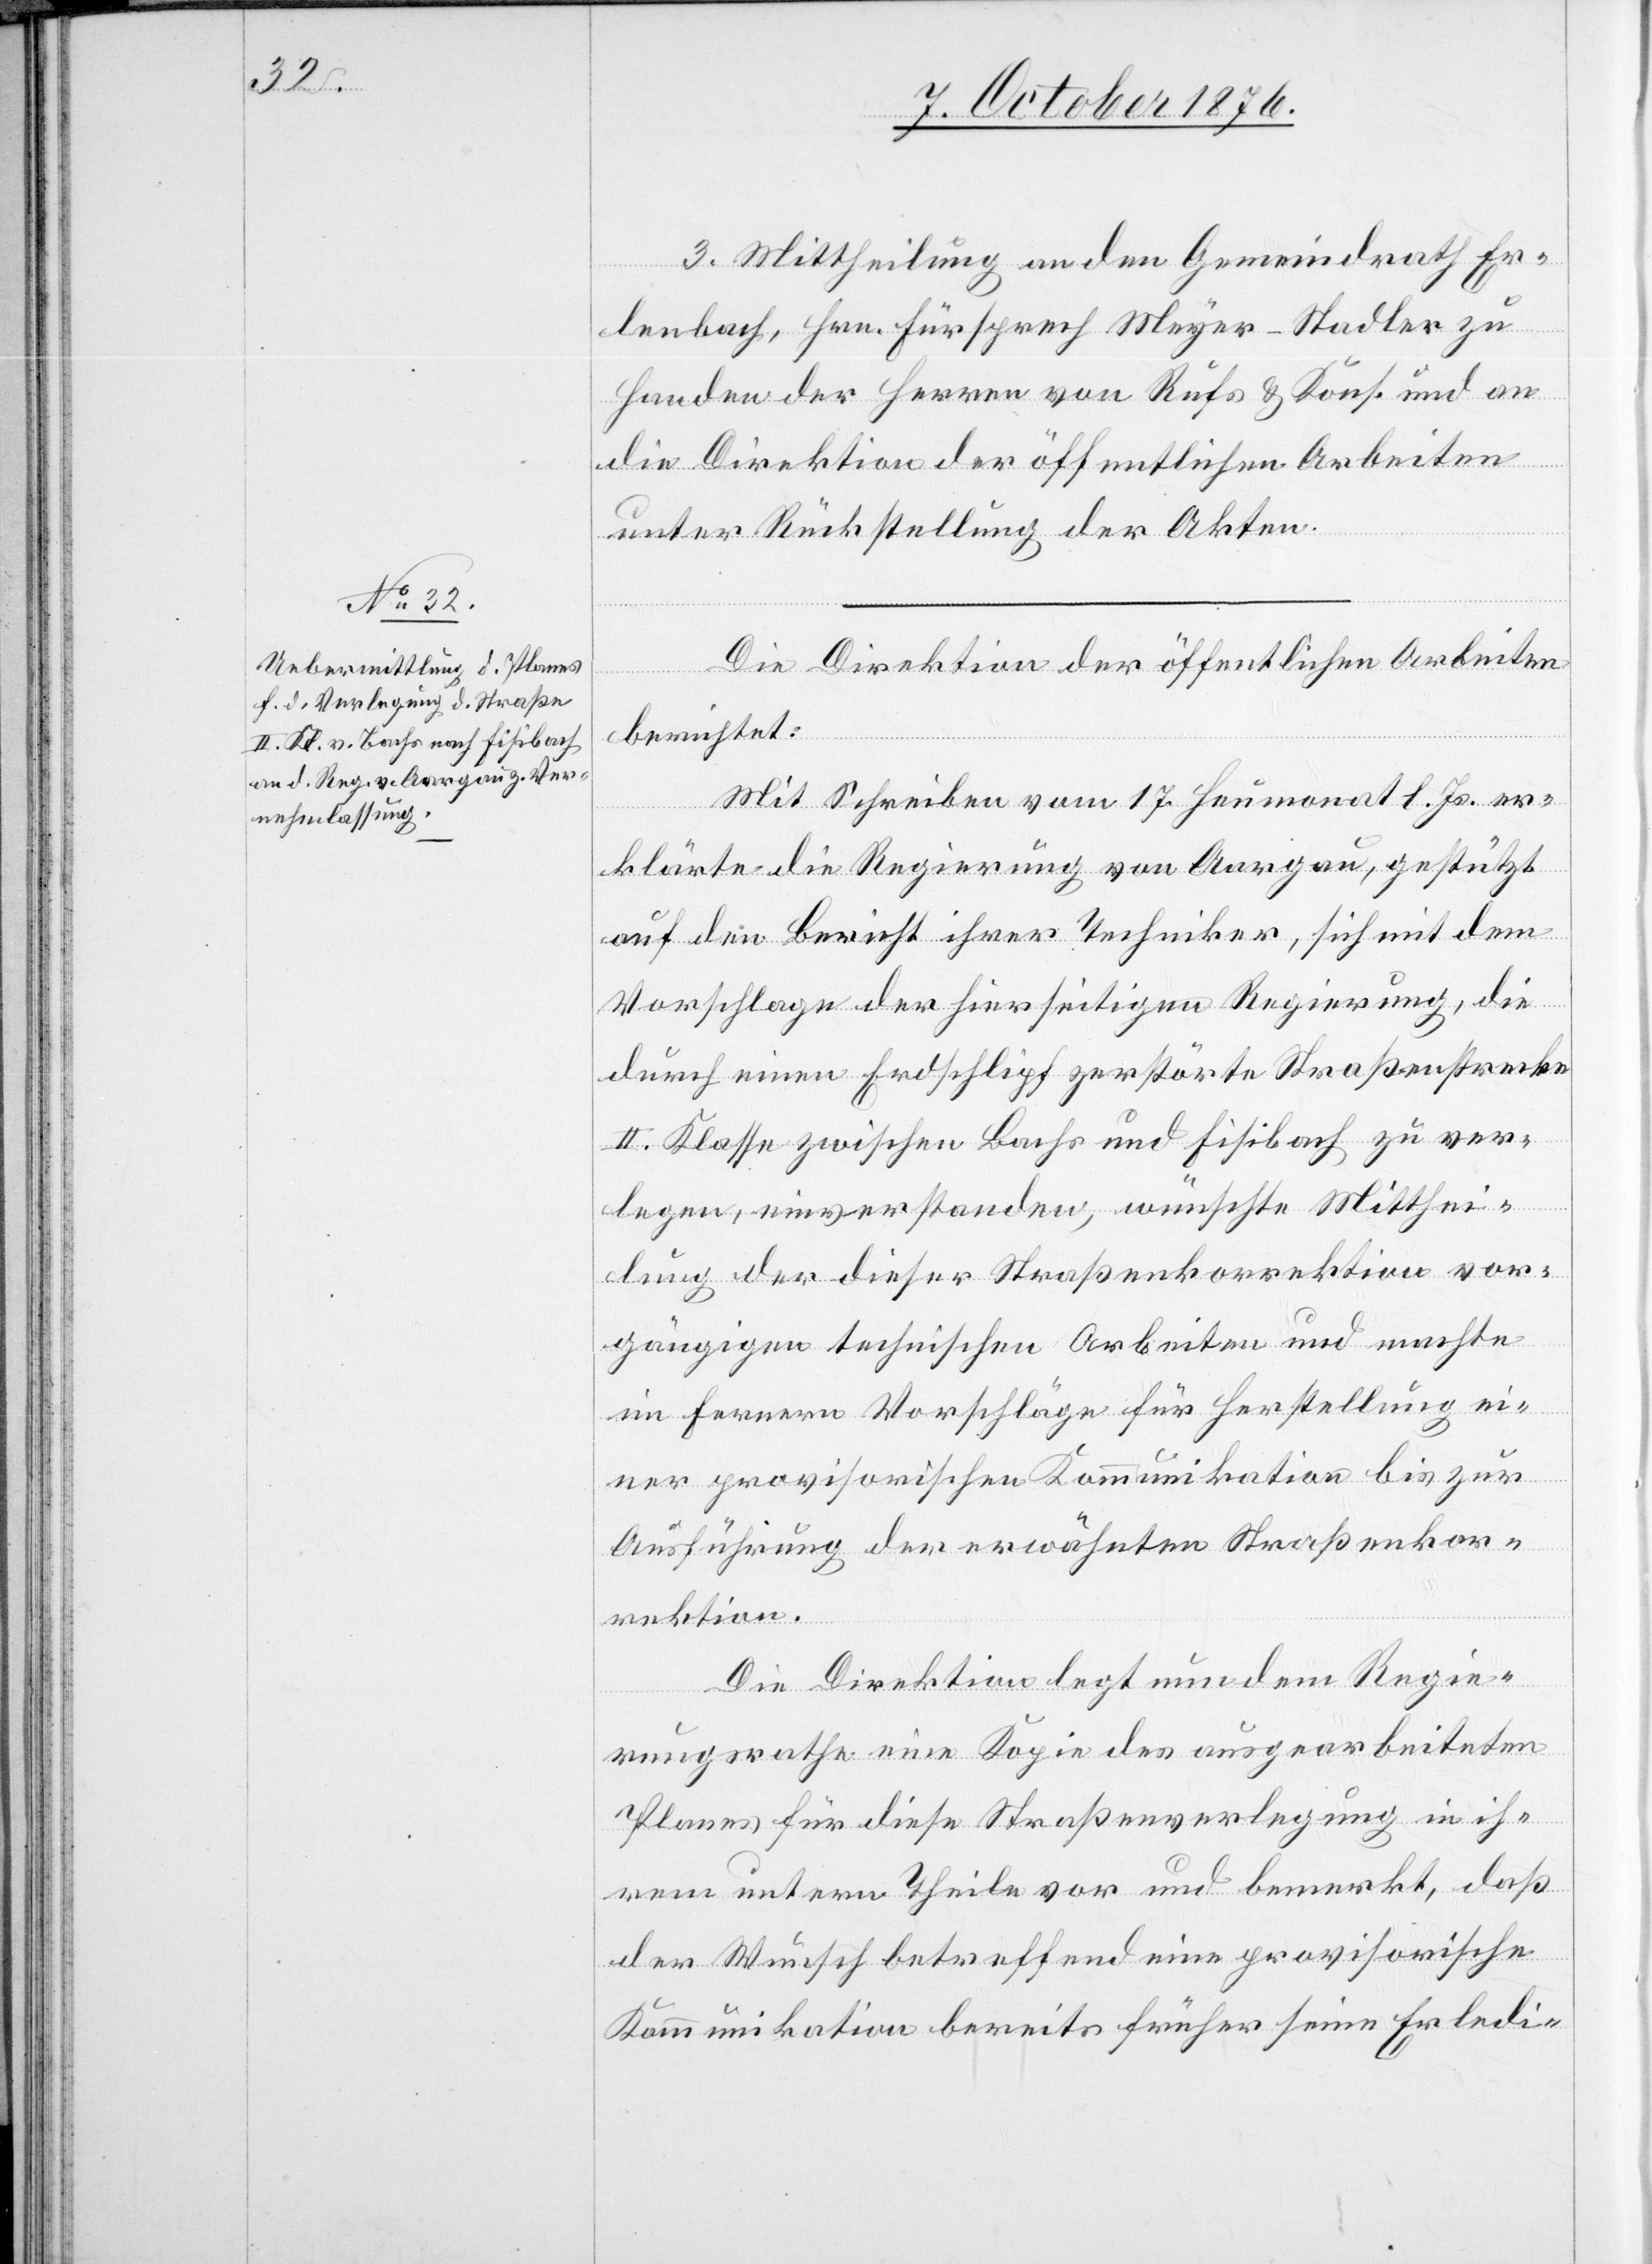
3. Mittheilung an den Gemeindrath Er¬
lenbach, Hrn. Fürsprech Meyer-Stadler zu
Handen der Herren von Rufs & Kons. und an
die Direktion der öffentlichen Arbeiten
unter Rückstellung der Akten.
Die Direktion der öffentlichen Arbeiten
berichtet:
Mit Schreiben vom 17. Heumonat l. Js. er¬
klärte die Regierung von Aargau, gestützt
auf den Bericht ihrer Techniker, sich mit dem
Vorschlage der hierseitigen Regierung, die
durch einen Erdschlipf zerstörte Straßenstrecke
II. Klasse zwischen Bachs und Fisibach zu ver¬
legen, einverstanden, wünschte Mitthei¬
lung der dieser Straßenkorrektion vor¬
gängigen technischen Arbeiten und machte
im Fernern Vorschläge für Herstellung ei¬
ner provisorischen Kommunikation bis zur
Ausführung der erwähnten Straßenkor¬
rektion.
Die Direktion legt nun dem Regie¬
rungsrathe eine Kopie des ausgearbeiteten
Planes für diese Straßenverlegung in ih¬
rem untern Theile vor und bemerkt, daß
der Wunsch betreffend eine provisorische
Kommunikation bereits früher seine Erledi-